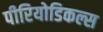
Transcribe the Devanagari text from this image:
पीरियोडिकल्स